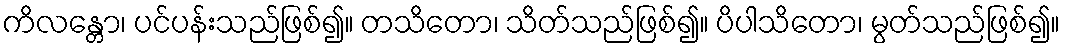
ကိလန္တော၊ ပင်ပန်းသည်ဖြစ်၍။ တသိတော၊ သိတ်သည်ဖြစ်၍။ ပိပါသိတော၊ မွတ်သည်ဖြစ်၍။